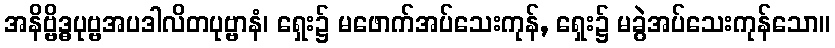
အနိဗ္ဗိဒ္ဓပုဗ္ဗအပဒါလိတပုဗ္ဗာနံ၊ ရှေး၌ မဖောက်အပ်သေးကုန်, ရှေး၌ မခွဲအပ်သေးကုန်သော။